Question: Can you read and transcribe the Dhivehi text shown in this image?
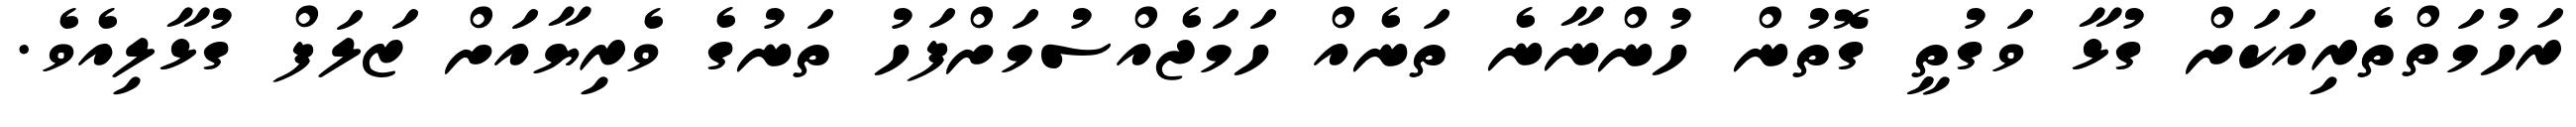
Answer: ރަހުމަތްތެރިއަކަށް ގުޅާ ވަގުތީ ގޮތުން ހުންނާނެ ތަނެއް ހަމަޖެއްސުމަށްފަހު ތަނުގެ ވެރިޔާއަށް ޒަލަފް ގުޅާލިއެވެ.